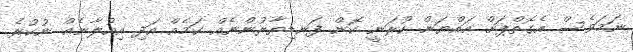
ނަމަވެސް އެގޮތްޕަށް އައްޔަން ކުރަނީ ކޮން ފަނޑިޔާރުންނެއް ކަމެއް އަދި އިއުލާނެއް ނުކުރެ